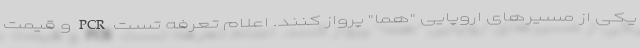
یکی از مسیرهای اروپایی "هما" پرواز کنند. اعلام تعرفه تست PCR و قیمت